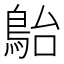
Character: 𩿡